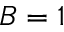
B = 1